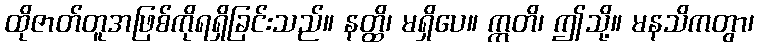
ထိုဇာတ်တူအဖြစ်ကိုရရှိခြင်းသည်။ နတ္ထိ၊ မရှိပေ။ ဣတိ၊ ဤသို့။ မနသိကတွာ၊